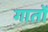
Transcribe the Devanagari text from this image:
गातों